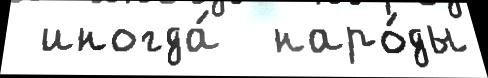
 иногда́  наро́ды